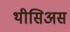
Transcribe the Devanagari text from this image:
थीसिअस